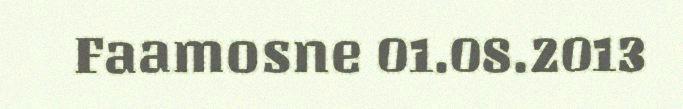
Faamosne 01.08.2013